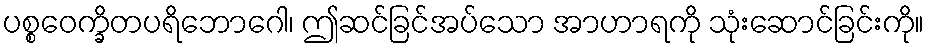
ပစ္စဝေက္ခိတပရိဘောဂေါ၊ ဤဆင်ခြင်အပ်သော အာဟာရကို သုံးဆောင်ခြင်းကို။